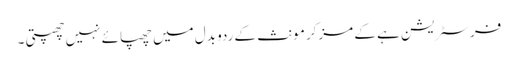
فرسٹریشن ہے کے مزکر مونث کے ردو بدل میں چھپائے نہیں چھپتی ۔